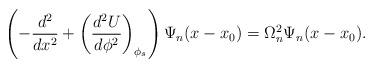
LaTeX: \begin{align*}\left(-\frac{d^2}{dx^2}+\left(\frac{d^2U}{d\phi^2}\right)_{\phi_s}\right)\Psi_n(x-x_0)=\Omega^2_n \Psi_n(x-x_0).\end{align*}